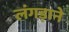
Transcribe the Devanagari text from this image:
लंगड़ाने